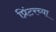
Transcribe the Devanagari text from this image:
प्रिंटरच्या